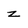
Character: z